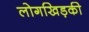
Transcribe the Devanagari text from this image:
लोगखिड़की